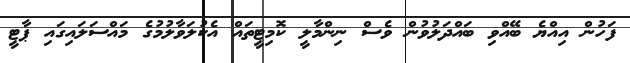
ފަހުން އިއްޔެ ބޭއްވި ބައްދަލުވުން ވެސް ނިންމާލީ ކޮމިޓީތައް އެކުލަވާލުމުގެ މައްސަލައިގައި ޕާޓީ